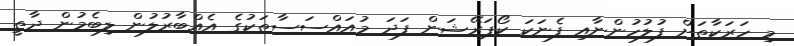
މި ހަރަކާތަށް ފުލުހުންނާއި ފެނަކަ ކޯޕަރޭޝަން ފަދަ މުއައްސަސާތަކުގެ އެއްބާރުލުން ލިބެމުން ދާތީ